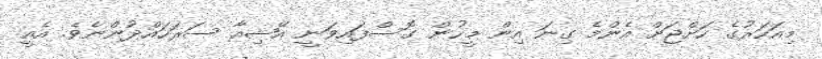
މިއަހަރުގެ ހަށްޖަށް އެންމެ ގިނަ އިން މީހުން ގޮސްފައިވަނީ އޭޝިއާ ސަރަހައްދުންނެވެ. އެއީ